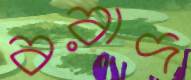
বরাদ